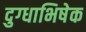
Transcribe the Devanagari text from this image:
दुग्‍धाभिषेक